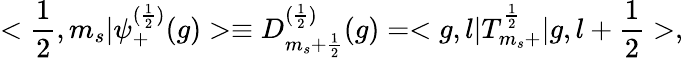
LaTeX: <\frac{1}{2},m_{s}|{\psi}_{+}^{(\frac{1}{2})}(g)>\equiv D_{m_{s}+\frac{1}{2}}^{(\frac{1}{2})}(g)=<g,l|T_{m_{s}+}^{\frac{1}{2}}|g,l+\frac{1}{2}>,